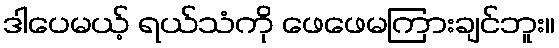
ဒါပေမယ့် ရယ်သံကို ဖေဖေမကြားချင်ဘူး။